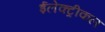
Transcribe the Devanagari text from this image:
ईलेक्ट्रीकल